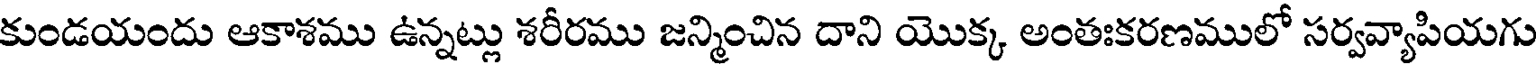
కుండయందు ఆకాశము ఉన్నట్లు శరీరము జన్మించిన దాని యొక్క అంతఃకరణములో సర్వవ్యాపియగు